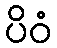
ပိဝံ